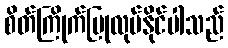
စိတ်ကြိုက်ပြုလုပ်နိုင်ပါသည်